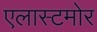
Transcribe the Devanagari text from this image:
एलास्टमोर